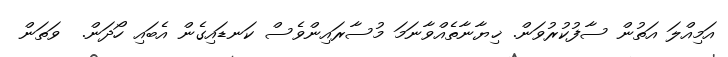
އަމިއްލަ އަތުން ސާފުކުރުވަން. ޚިޔާނާތެއްވާނަމަ މުސާރައިންވެސް ކަނޑައިގެން އެބައި ހޯދަން.  ވަތަން